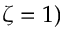
\zeta = 1 )